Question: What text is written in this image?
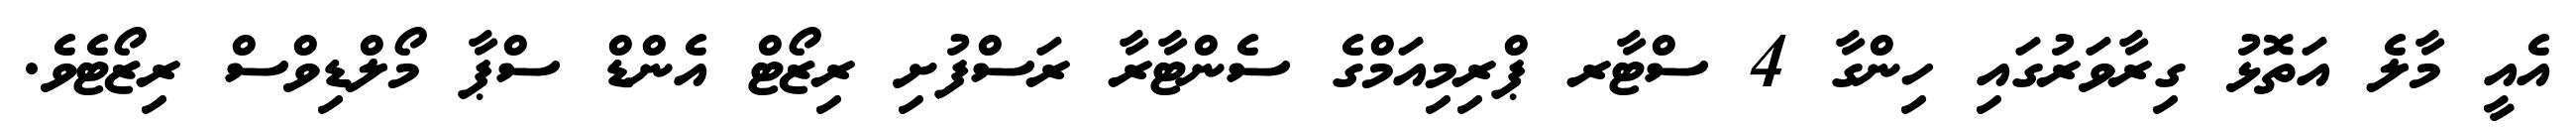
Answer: އެއީ މާލެ އަތޮޅު ގިރާވަރުގައި ހިންގާ 4 ސްޓާރ ޕްރިމިއަމްގެ ސެންޓާރާ ރަސްފުށި ރިޒޯޓް އެންޑް ސްޕާ މޯލްޑިވްސް ރިޒޯޓެވެ.